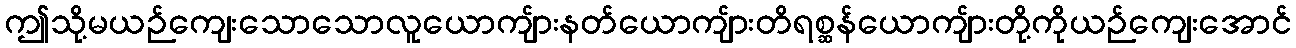
ဤသို့မယဉ်ကျေးသောသောလူယောကျ်ားနတ်ယောကျ်ားတိရစ္ဆန်ယောကျ်ားတို့ကိုယဉ်ကျေးအောင်